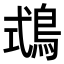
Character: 𪀦